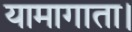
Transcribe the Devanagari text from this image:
यामागाता।